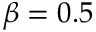
\beta = 0 . 5